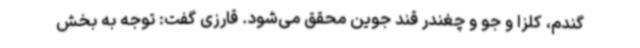
گندم، کلزا و جو و چغندر قند جوین محقق می‌شود. قارزی گفت: توجه به بخش